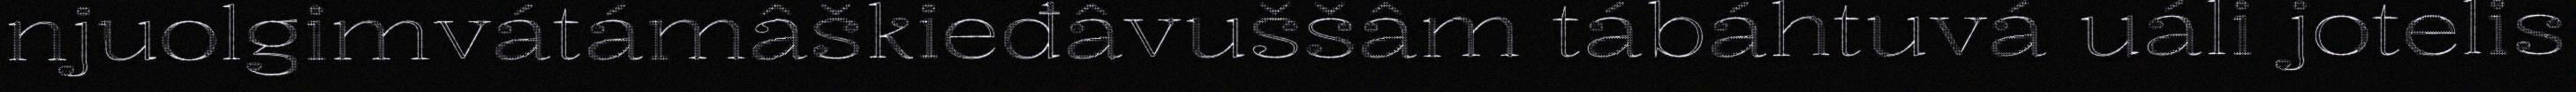
njuolgimvátámâškieđâvuššâm tábáhtuvá uáli jotelis